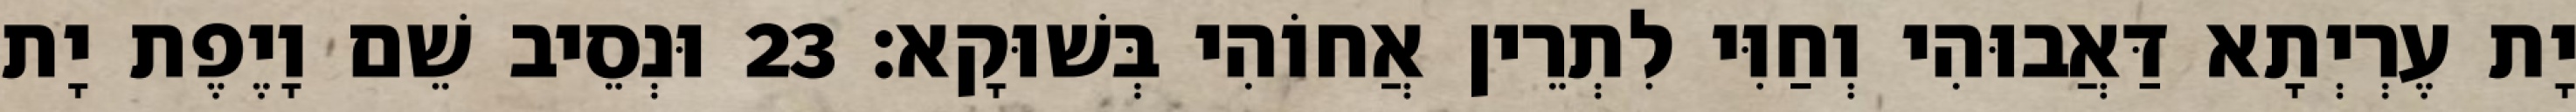
יָת עֶרְיְתָא דַּאֲבוּהִי וְחַוִּי לִתְרֵין אֲחוֹהִי בְּשׁוּקָא׃ 23 וּנְסֵיב שֵׁם וָיֶפֶת יָת